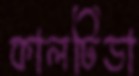
কালটিডা